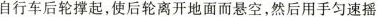
自行车后轮撑起，使后轮离开地面而悬空，然后用手匀速摇